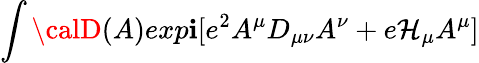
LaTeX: \int{\calD}(A)exp\mathbf{i}[e^{2}A^{\mu}D_{\mu\nu}A^{\nu}+e\mathcal{H}_{\mu}A^{\mu}]